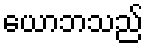
ယောဘသည်